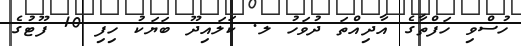
ހުސްވި ހަފްތާގެ އާދިއްތަ ދުވަހު ލ. ކަލައިދޫ ބަޔަކު ހިފި 10 ފޫޓުގެ